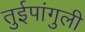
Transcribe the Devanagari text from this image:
तुईपांगुली